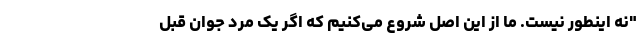
"نه اینطور نیست. ما از این اصل شروع می‌کنیم که اگر یک مرد جوان قبل